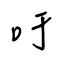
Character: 吁